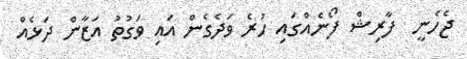
ޖެހެނީ  ފާރިޝް ފޯނެއްގައި ހުރެ ވަދެގެން އައި ވަގުތު އަޒާން ދަޅެއް